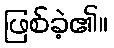
ဖြစ်ခဲ့၏။